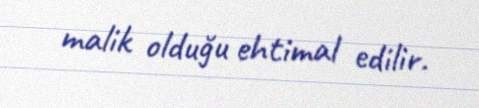
malik olduğu ehtimal edilir.